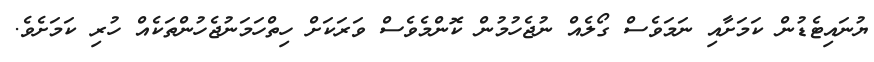
ޔުނައިޓެޑުން ކަމަށާއި ނަމަވެސް ގޯލެއް ނުޖެހުމުން ކޮންމެވެސް ވަރަކަށް ހިތްހަމަނުޖެހުންތަކެއް ހުރި ކަމަށެވެ.